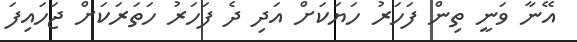
އޭނާ ވަނީ ތިން ފަހަރު ހަޔަކަށް އަދި ދެ ފަހަރު ހަތަރަކަށް ޖަހައިފަ